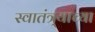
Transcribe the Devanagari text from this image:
स्‍वातंत्र्याच्‍या